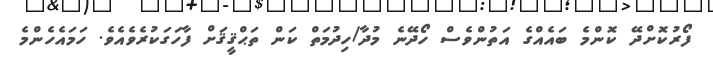
ފޯރުކޮށްދޭ ކޮންމެ ބައެއްގެ އަތުންވެސް ހޯދޭނެ މުދާ/ހިދުމަތް ކަން ތަޙްޤީޤަށް ފާހަގަކުރެވެއެވެ. ހަމައެހެންމެ